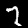
Label: 7